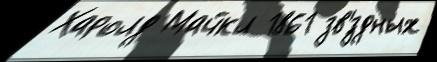
Харолд Майкл 1861 зв'́здных